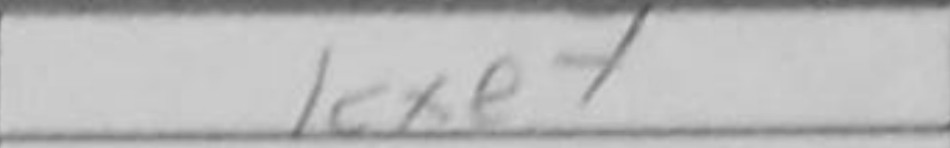
Transcription: Kxe7